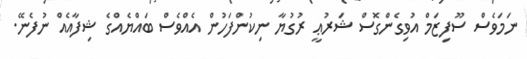
ނަމަވެސް ސޫފިޒަމް އުވިގެންގޮސް ޝަރުޢީ ރުގުޔާ ނިކުންފަހުން އެއްވެސް ބައްޔެއްގެ ޝިފާއެއް ނުފެނޭ.